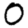
Digit: 0